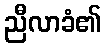
ညီလာခံ၏